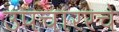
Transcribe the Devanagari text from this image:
उपचाररचे